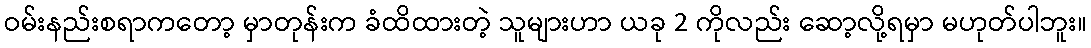
ဝမ်းနည်းစရာကတော့ မှာတုန်းက ခံထိထားတဲ့ သူများဟာ ယခု 2 ကိုလည်း ဆော့လို့ရမှာ မဟုတ်ပါဘူး။